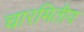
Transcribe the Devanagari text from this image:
चारमितीय